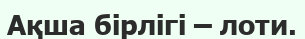
Ақша бірлігі – лоти.